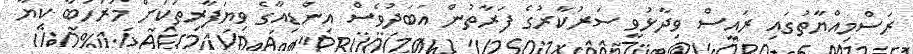
ރަސްމިއްޔާތުގައި ރައީސް ވިދާޅުވީ ސަރުކާރުގެ ފަރާތުން އަބަދުވެސް އިންޑިއާގެ ވިޔަފާރިތަކަށް މަރުހަބާ ކިޔާ